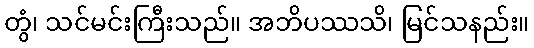
တွံ၊ သင်မင်းကြီးသည်။ အဘိပဿသိ၊ မြင်သနည်း။